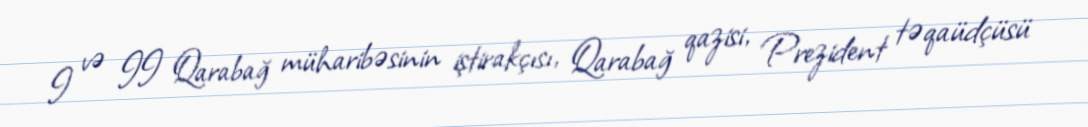
I və II Qarabağ müharibəsinin iştirakçısı, Qarabağ qazisi, Prezident təqaüdçüsü